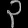
Digit: ၃